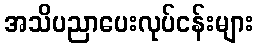
အသိပညာပေးလုပ်ငန်းများ